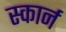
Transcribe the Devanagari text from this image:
स्कार्न